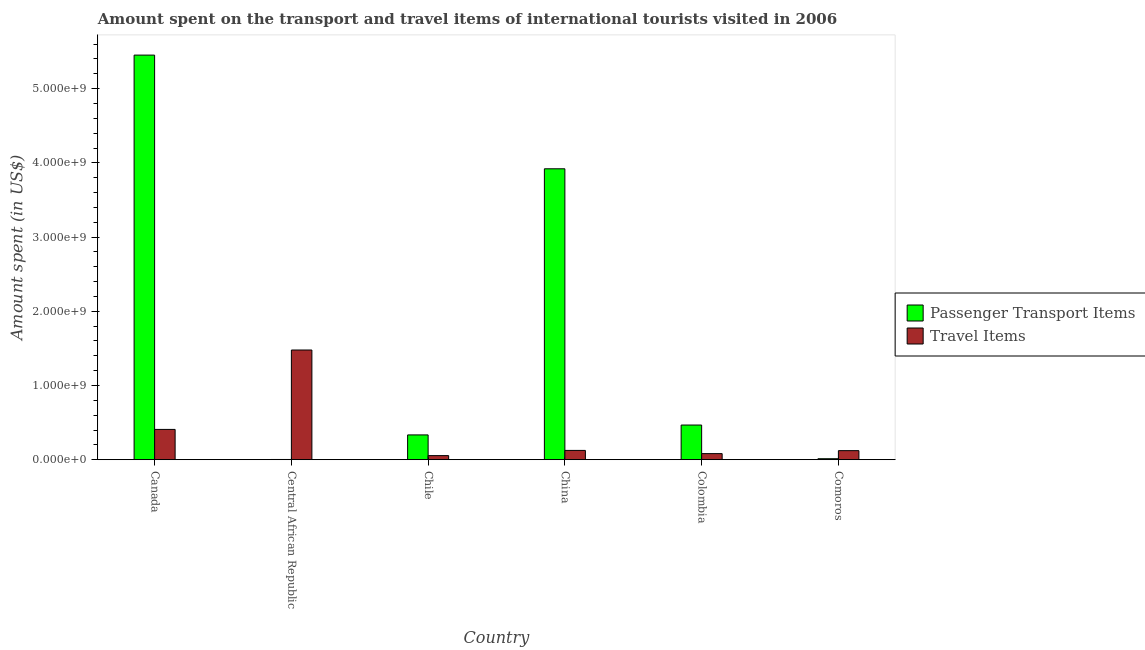
| Country | Passenger Transport Items | Travel Items |
 | --- | --- | --- |
 | Canada | 5.45e+09 | 4.08e+08 |
 | Central African Republic | 3e+06 | 1.48e+09 |
 | Chile | 3.34e+08 | 5.5e+07 |
 | China | 3.92e+09 | 1.25e+08 |
 | Colombia | 4.67e+08 | 8.2e+07 |
 | Comoros | 1.3e+07 | 1.22e+08 |